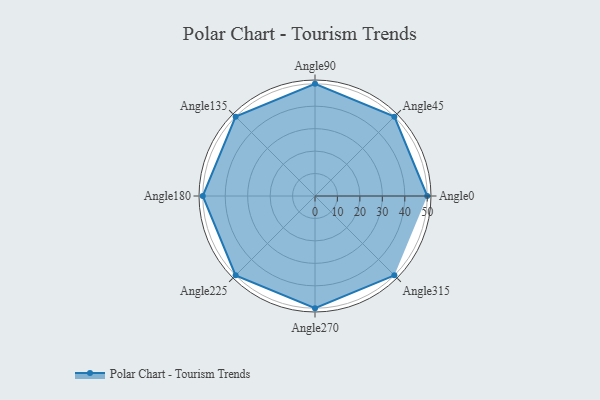
{"axis": {"x": "Angle", "y": "Radius"}, "legend": [""], "data": [{"x": "Angle0", "y": 50, "type": ""}, {"x": "Angle45", "y": 50, "type": ""}, {"x": "Angle90", "y": 50, "type": ""}, {"x": "Angle135", "y": 50, "type": ""}, {"x": "Angle180", "y": 50, "type": ""}, {"x": "Angle225", "y": 50, "type": ""}, {"x": "Angle270", "y": 50, "type": ""}, {"x": "Angle315", "y": 50, "type": ""}]}